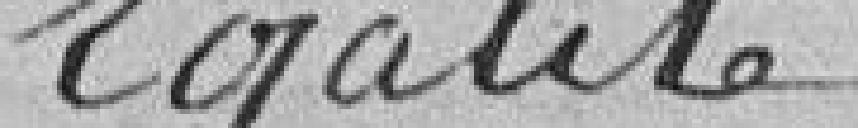
Egalité